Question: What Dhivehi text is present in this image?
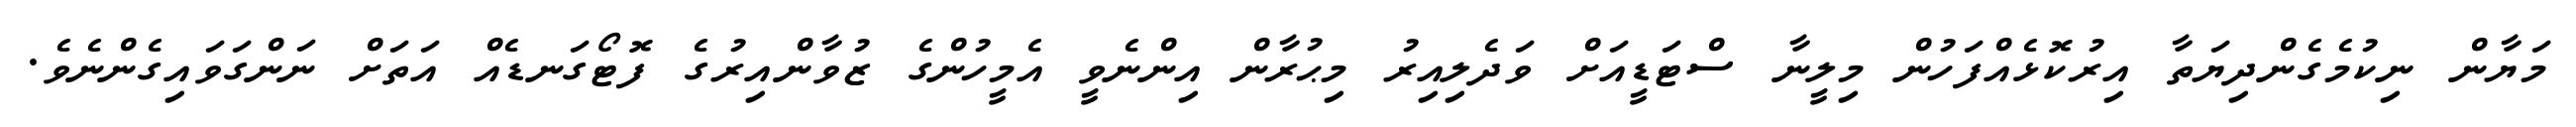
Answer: މަޔާން ނިކުމެގެންދިޔަތާ އިރުކޮޅެއްފަހުން މިލީނާ ސްޓަޑީއަށް ވަދެލިއިރު މިޙުރާން އިންނެވީ އެމީހުންގެ ޒުވާންއިރުގެ ފޮޓޯގަނޑެއް އަތަށް ނަންގަވައިގެންނެވެ.